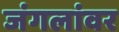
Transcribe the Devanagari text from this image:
जंगलांवर